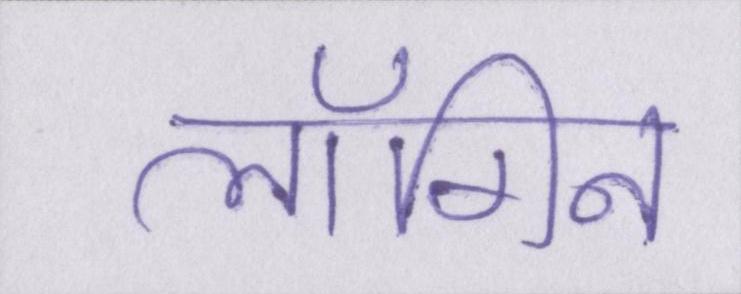
लॉगिन